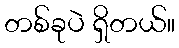
တစ်ခုပဲ ရှိတယ်။